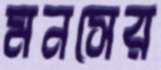
মনসের